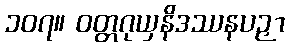
၁၀၇။ ဝတ္တဂုယှနိဒဿနပဉှာ